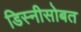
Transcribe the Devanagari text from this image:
डिस्नीसोबत